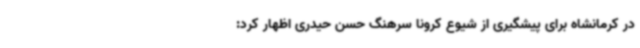
در کرمانشاه برای پیشگیری از شیوع کرونا سرهنگ حسن حیدری اظهار کرد: